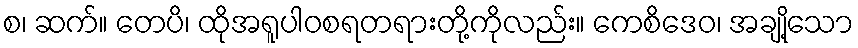
စ၊ ဆက်။ တေပိ၊ ထိုအရူပါဝစရတရားတို့ကိုလည်း။ ကေစိဒေဝ၊ အချို့သော